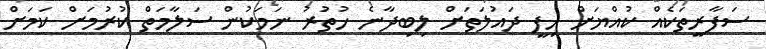
ސަފާރީތަކެއް ކުއްޔަށް ހިފީ ދައުލަތަށް ލިބިދާނެ ހުތުރު ނަމަކުން ސަލާމަތް ކުރުމަށް ކަމަށް